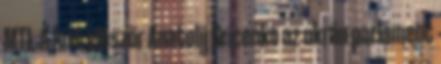
MTI. A hírt először Anatolij Gricenko az ukrán parlament